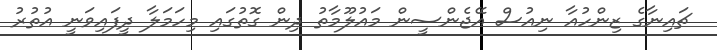
ޗައިނާގެ ޒިންހުއާ ނިއުސް އޭޖެންސީން މައުލޫމާތު ދިން ގޮތުގައި މިހަމަލާ ދީފައިވަނީ އުތުރު